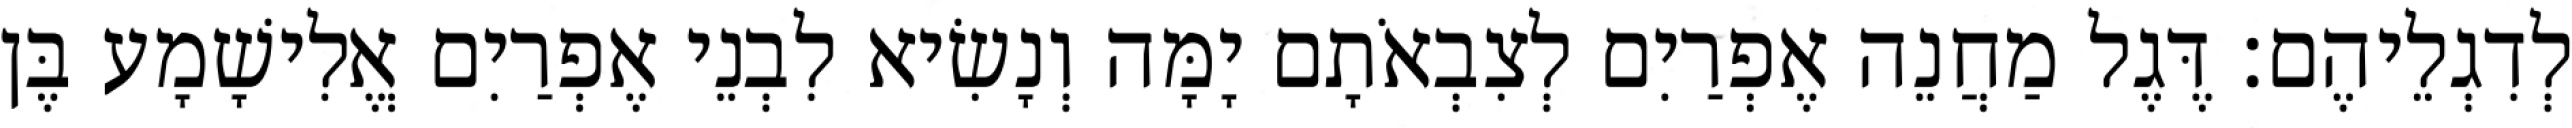
לְדִגְלֵיהֶם׃ דֶּגֶל מַחֲנֵה אֶפְרַיִם לְצִבְאֹתָם יָמָּה וְנָשִׂיא לִבְנֵי אֶפְרַיִם אֱלִישָׁמָע בֶּן